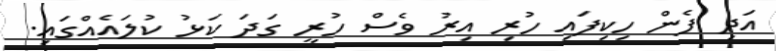
އަދި ފެން ހިކިފައި ހުރި އިރު ވެސް ހުރީ ގަދަ ކަޅު ކުލައެއްގައި.